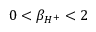
0 < \beta _ { H ^ { + } } < 2